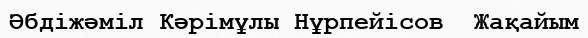
Әбдіжәміл Кәрімұлы Нұрпейісов  Жақайым